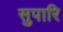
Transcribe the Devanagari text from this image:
सुपारि